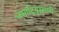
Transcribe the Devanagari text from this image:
जमादियुस्सानी